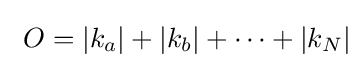
\ O=\left|k_{a}\right|+\left|k_{b}\right|+\cdots +\left|k_{N}\right|